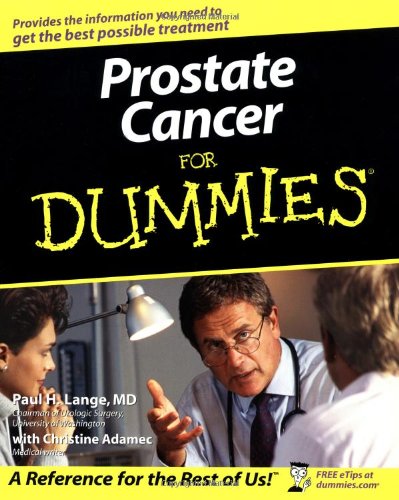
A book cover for Prostate Cancer For Dummies; Paul H. Lange; Health, Fitness & Dieting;